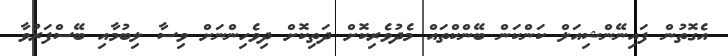
އެގޮތުން ފައިނޭންޝިއަލް ކަންކަން ބޭންކްތައް މެދުވެރިކޮށް ދަތިކޮށް ދިވެހިންނަށް ވިސާ ލިބުމާއި ބޭސްފަރުވާ